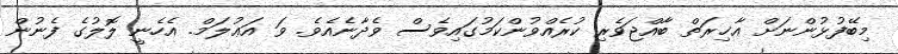
މިބޭފުޅުންނަށް އާޚިރަތް ބާއްޖަވެރި ކުރެއްވުންކަމުގައިވެސް ވެދާނެއެވެ. ވަ އަޢުލަމް. އެހެނީ ލޮލުގެ ފެނުން